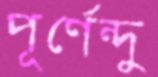
পূর্ণেন্দু